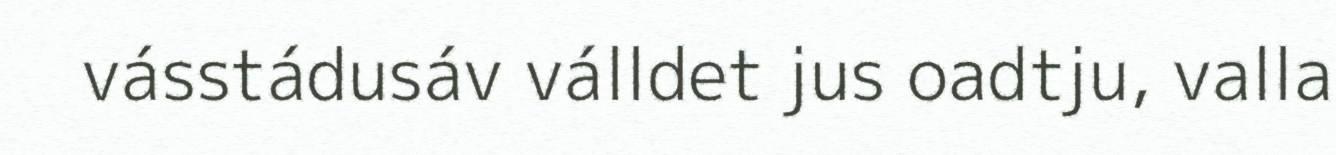
vásstádusáv válldet jus oadtju, valla